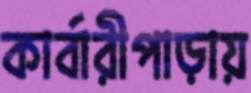
কার্বারীপাড়ায়